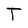
Character: T